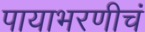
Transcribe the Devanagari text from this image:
पायाभरणीचं